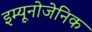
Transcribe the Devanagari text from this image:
इम्यूनोजेनिक